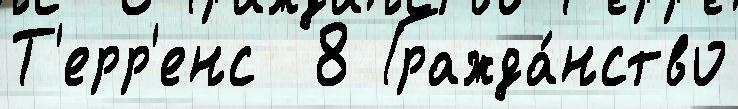
Т'ерр'енс  8 Гражда́нство